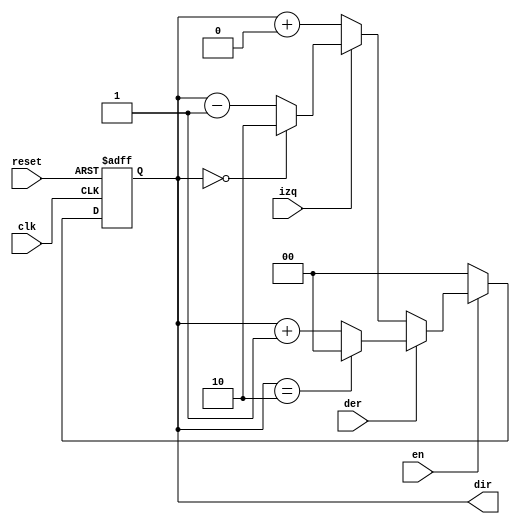
`timescale 1ns / 1ps
//////////////////////////////////////////////////////////////////////////////////
// Company: 
// Engineer: 
// 
// Design Name: 
// Module Name: CONT_DIR
// Project Name: 
// Target Devices: 
// Tool Versions: 
// Description: 
// 
// Dependencies: 
// 
// Revision:
// Revision 0.01 - File Created
// Additional Comments:
// 
//////////////////////////////////////////////////////////////////////////////////


module CONT_DIR(
	input wire clk,
	input wire reset,
	
	input wire der,
	input wire izq,
	
	input wire en,
	
	output reg [1:0] dir
   
	);
	 
	always @(posedge clk, posedge reset) begin
			if (reset) begin
				dir <= 2'b00;
			end else if (~en) begin
				dir <= 2'b00;
			end else if (der) begin
				if (dir == 2'b10) begin
					dir <= 2'b00; 
				end else begin
					dir <= dir + 2'b01;
				end
			end else if (izq) begin
				if (dir == 2'b00) begin
					dir <= 2'b10;
				end else begin
					dir <= dir - 2'b01;
				end
			end else begin
				dir <= dir + 2'b00;
			end
	end
	
endmodule